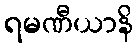
ရမဏီယာနိ